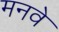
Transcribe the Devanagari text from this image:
मनवे